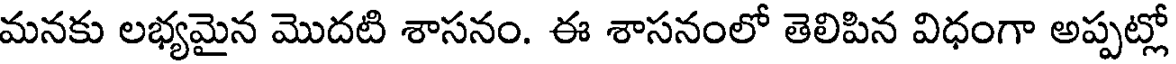
మనకు లభ్యమైన మొదటి శాసనం. ఈ శాసనంలో తెలిపిన విధంగా అప్పట్లో